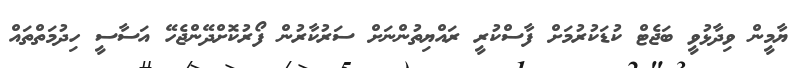
ޔާމީން ވިދާޅުވީ ބަޖެޓް ކުޑަކުރުމަށް ފާސްކުރީ ރައްޔިތުންނަށް ސަރުކާރުން ފޯރުކޮށްދޭންޖެހޭ އަސާސީ ހިދުމަތްތައް